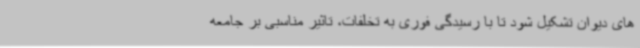
های دیوان تشکیل شود تا با رسیدگی فوری به تخلفات، تاثیر مناسبی بر جامعه